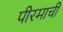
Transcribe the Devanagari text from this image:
पीरमाची